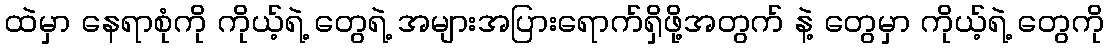
ထဲမှာ နေရာစုံကို ကိုယ့်ရဲ့ တွေရဲ့ အများအပြားရောက်ရှိဖို့အတွက် နဲ့ တွေမှာ ကိုယ့်ရဲ့ တွေကို